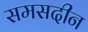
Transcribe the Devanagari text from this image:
समसदीन